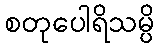
စတုပေါရိသမ္ပိ